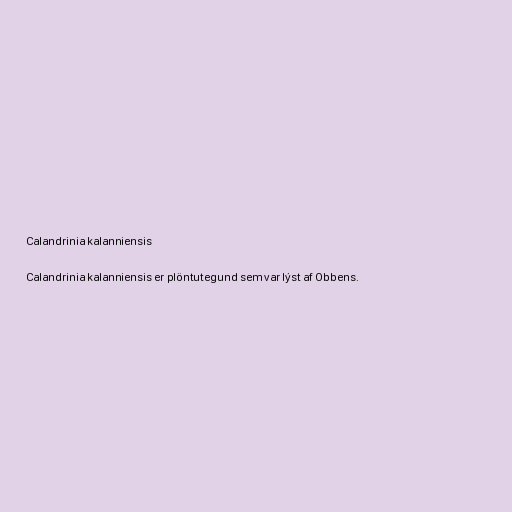
Calandrinia kalanniensis

Calandrinia kalanniensis er plöntutegund sem var lýst af Obbens.